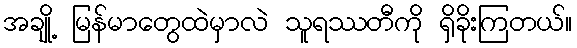
အချို့ မြန်မာတွေထဲမှာလဲ သူရဿတီကို ရှိခိုးကြတယ်။